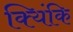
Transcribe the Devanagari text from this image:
क्यिंकि